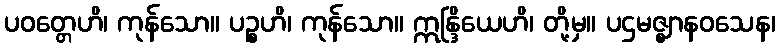
ပဝတ္တေဟိ၊ ကုန်သော။ ပဉ္စဟိ၊ ကုန်သော။ ဣန္ဒြိယေဟိ၊ တို့မှ။ ပဌမဇ္ဈာနဝသေန၊